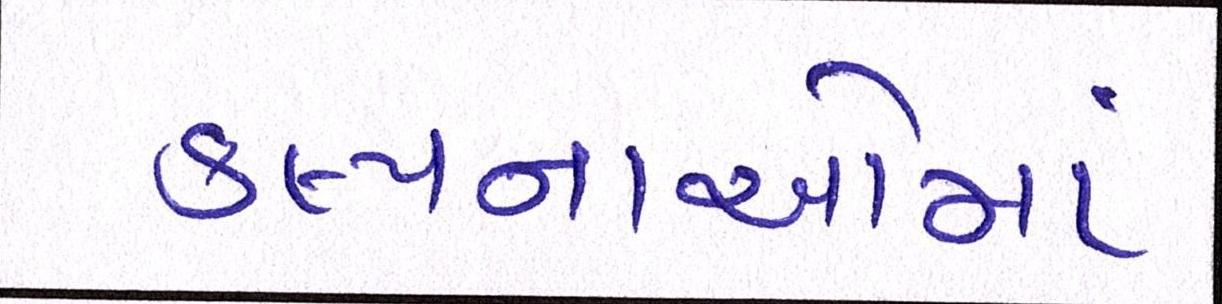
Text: કલ્પનાઓમાં